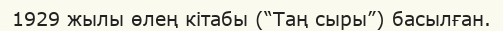
1929 жылы өлең кітабы (“Таң сыры”) басылған.